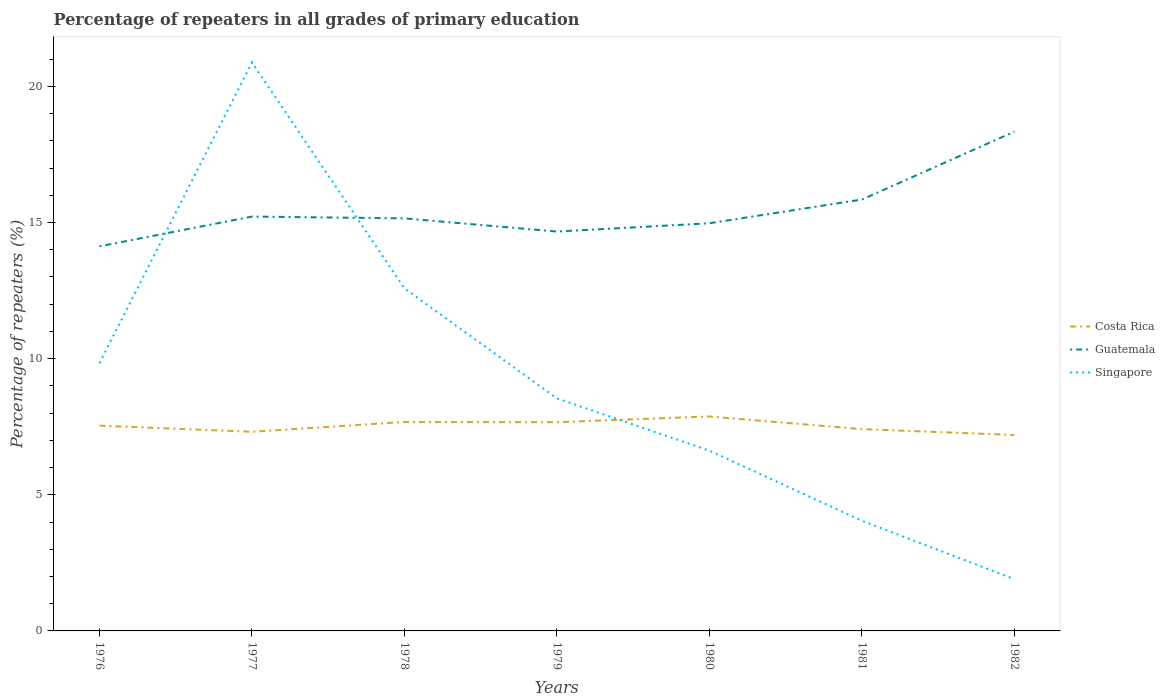
| Years | Costa Rica | Guatemala | Singapore |
 | --- | --- | --- | --- |
 | 1976 | 7.54 | 14.1 | 9.83 |
 | 1977 | 7.31 | 15.2 | 20.9 |
 | 1978 | 7.67 | 15.2 | 12.6 |
 | 1979 | 7.67 | 14.7 | 8.54 |
 | 1980 | 7.88 | 15 | 6.62 |
 | 1981 | 7.41 | 15.8 | 4.04 |
 | 1982 | 7.2 | 18.3 | 1.9 |